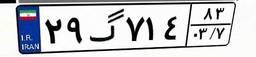
۲۹گ۷۱۴۸۳